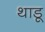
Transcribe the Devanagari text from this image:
थाडू